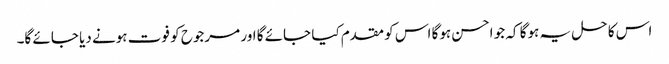
اس کا حل یہ ہوگا کہ جو احسن ہوگا اس کو مقدم کیا جائے گا اور مرجوح کو فوت ہونے دیا جائے گا۔